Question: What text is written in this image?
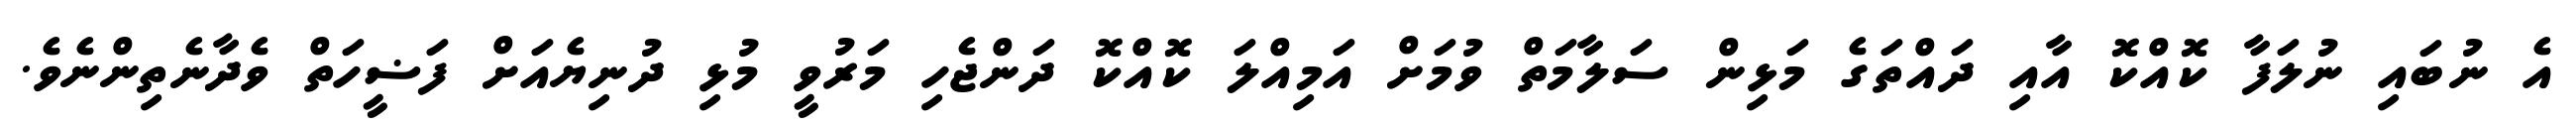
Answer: އެ ނުބައި ނުލަފާ ކޮއްކޮ އާއި ދައްތަގެ މަޅިން ސަލާމަތް ވުމަށް އަމިއްލަ ކޮއްކޮ ދަންޖެހި މަރުވީ މުޅި ދުނިޔެއަށް ފަޟީހަތް ވެދާނެތިންނެވެ.